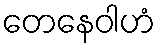
တေနေဝါဟံ